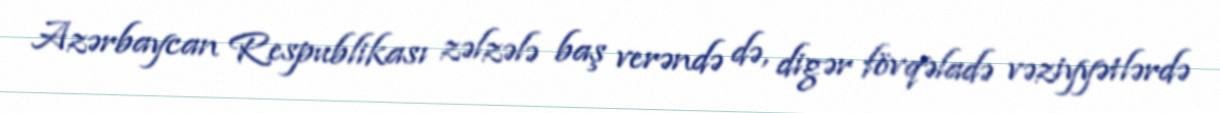
Azərbaycan Respublikası zəlzələ baş verəndə də, digər fövqəladə vəziyyətlərdə